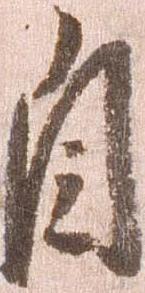
自